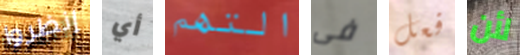
إنظروا أي التهم فى فعل لأن